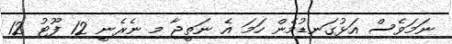
ނަމަވެސް އަޅުގަނޑުމެން ހަމަ އެ ނަތީޖާ މި ނެރެނީ 12 ފޫޓު 12